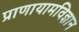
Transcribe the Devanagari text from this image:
प्राणायामविज्ञान